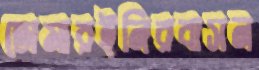
তোমারইনিরবাসন